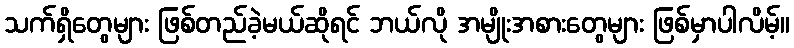
သက်ရှိတွေများ ဖြစ်တည်ခဲ့မယ်ဆိုရင် ဘယ်လို အမျိုးအစားတွေများ ဖြစ်မှာပါလိမ့်။